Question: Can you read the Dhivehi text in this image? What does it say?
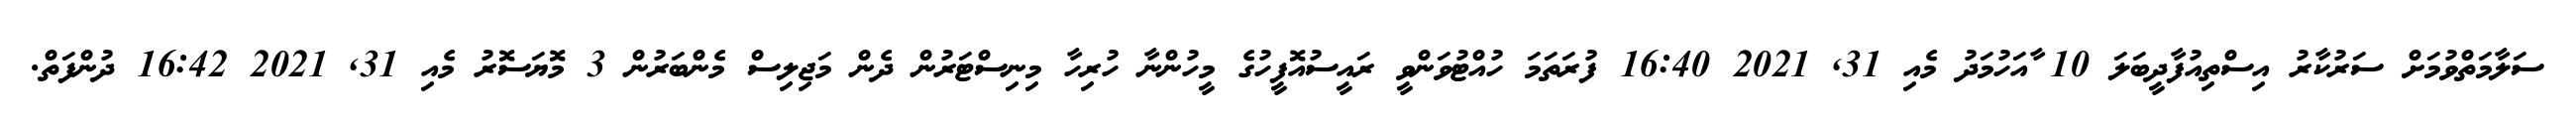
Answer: ސަލާމަތްވުމަށް ސަރުކާރު އިސްތިއުފާދީބަލަ 10 ާއަހުމަދު މެއި 31, 2021 16:40 ފުރަތަމަ ހުއްޓުވަންވީ ރައީސުއޮފީހުގެ މީހުންނާ ހުރިހާ މިނިސްޓަރުން ދެން މަޖިލިސް މެންބަރުން 3 މޮޔަސޮރު މެއި 31, 2021 16:42 ދުންފަތް.